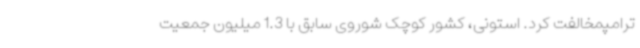
ترامپمخالفت کرد. استونی، کشور کوچک شوروی سابق با 1.3 میلیون جمعیت